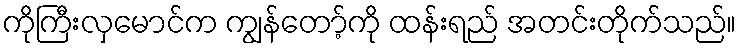
ကိုကြီးလှမောင်က ကျွန်တော့်ကို ထန်းရည် အတင်းတိုက်သည်။